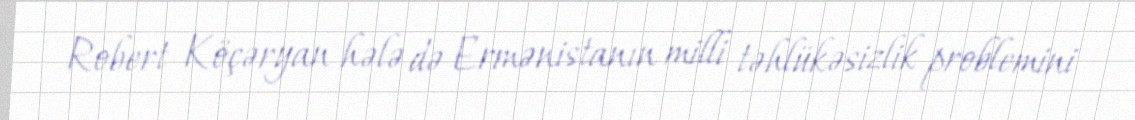
Robert Köçəryan hələ də Ermənistanın milli təhlükəsizlik problemini